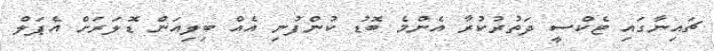
ޗައިނާގައި ޓެކްސީ ދަތުރުކުރާ އެންމެ ބޮޑު ކުންފުނި އެއް ބިލިއަން ޑޮލަރަށް އެޕަލް